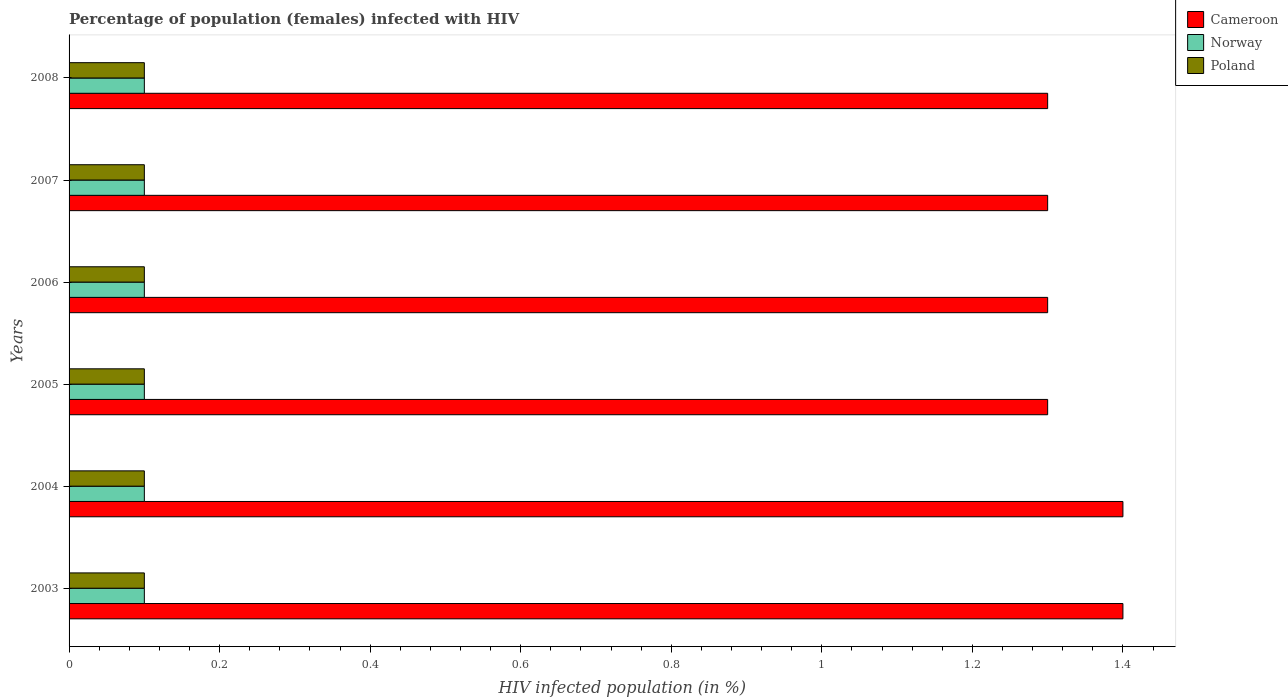
| Years | Cameroon | Norway | Poland |
 | --- | --- | --- | --- |
 | 2003 | 1.4 | 0.1 | 0.1 |
 | 2004 | 1.4 | 0.1 | 0.1 |
 | 2005 | 1.3 | 0.1 | 0.1 |
 | 2006 | 1.3 | 0.1 | 0.1 |
 | 2007 | 1.3 | 0.1 | 0.1 |
 | 2008 | 1.3 | 0.1 | 0.1 |